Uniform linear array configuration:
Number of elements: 4
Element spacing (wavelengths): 0.25
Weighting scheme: cosine
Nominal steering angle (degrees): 30
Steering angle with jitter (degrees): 30.413
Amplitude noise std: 0.05
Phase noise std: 0.05

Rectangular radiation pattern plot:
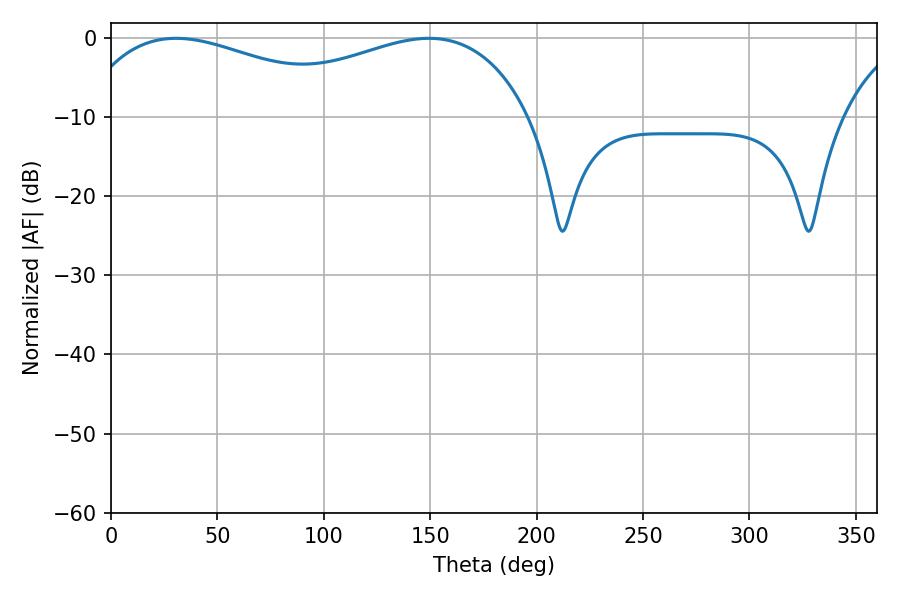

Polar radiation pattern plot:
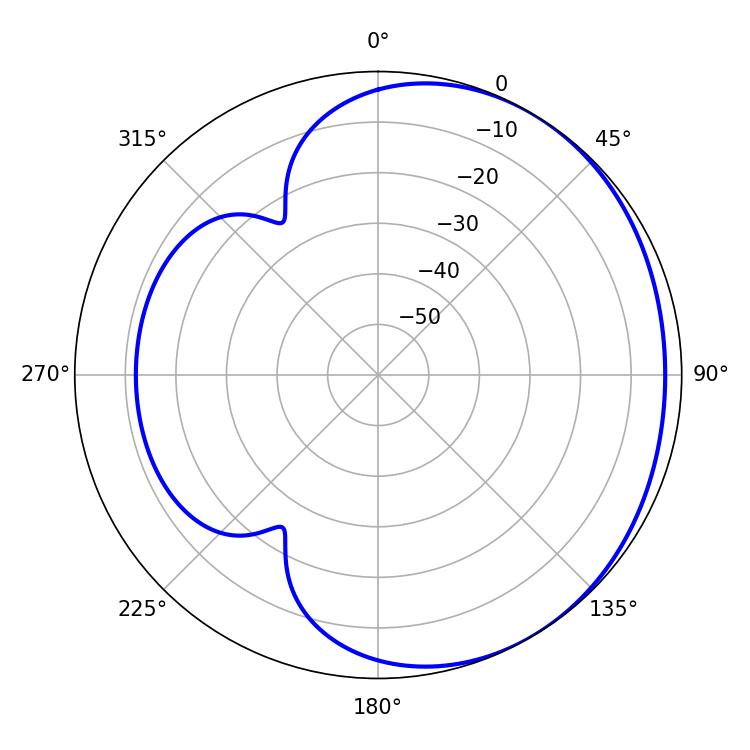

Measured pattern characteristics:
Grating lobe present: FALSE
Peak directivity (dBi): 1.854
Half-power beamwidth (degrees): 76.68
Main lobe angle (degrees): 30.6